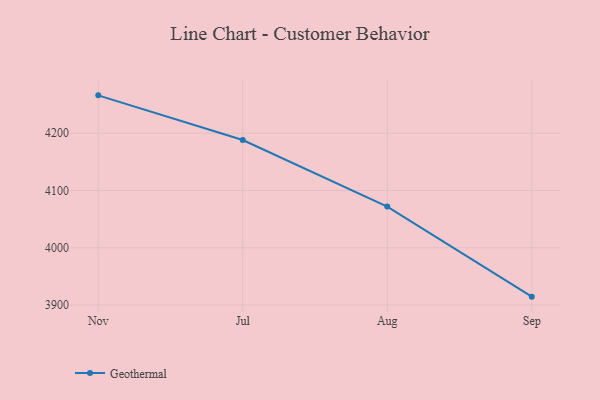
{"axis": {"x": "Month", "y": "Tickets Resolved"}, "legend": ["Geothermal"], "data": [{"x": "Nov", "y": 4266.2, "type": "Geothermal"}, {"x": "Jul", "y": 4188.2, "type": "Geothermal"}, {"x": "Aug", "y": 4072.0, "type": "Geothermal"}, {"x": "Sep", "y": 3914.6, "type": "Geothermal"}]}